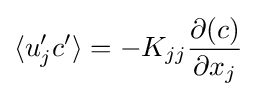
\langle u_{j}'c'\rangle =-K_{jj}{\partial (c) \over \partial x_{j}}